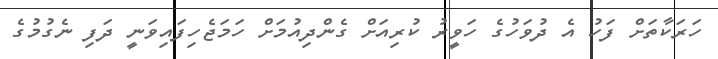
ހަރަކާތަށް ފަހު އެ ދުވަހުގެ ހަވީރު ކުރިއަށް ގެންދިއުމަށް ހަމަޖެހިފައިވަނީ ދަފި ނެގުމުގެ